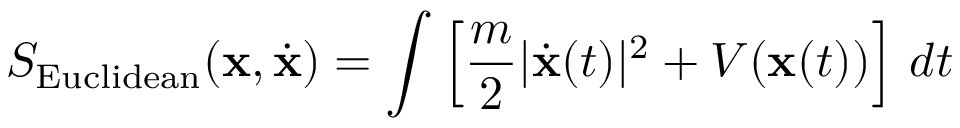
S _ { \mathrm { E u c l i d e a n } } ( \mathbf { x } , { \dot { \mathbf { x } } } ) = \int \left[ { \frac { m } { 2 } } | { \dot { \mathbf { x } } } ( t ) | ^ { 2 } + V ( \mathbf { x } ( t ) ) \right] \, d t